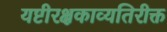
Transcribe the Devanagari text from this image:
यष्टीरक्षकाव्यतिरीक्त